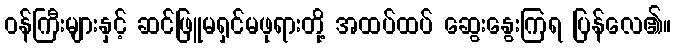
ဝန်ကြီးများနှင့် ဆင်ဖြူမရှင်မဖုရားတို့ အထပ်ထပ် ဆွေးနွေးကြရ ပြန်လေ၏။